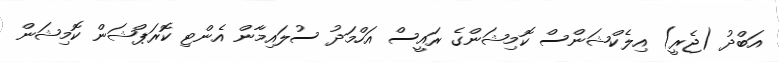
އަބްދު (ޖެރީ) އިލެކްޝަންސް ކޮމިޝަންގެ ރައީސް އަހްމަދު ސުލައިމާން އެންޓި ކޮރަޕްޝަން ކޮމިޝަން